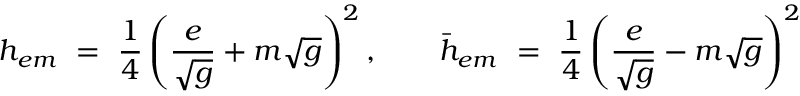
h _ { e m } ~ = ~ { \frac { 1 } { 4 } } \left( { \frac { e } { \sqrt { g } } } + m \sqrt { g } \right) ^ { 2 } , \qquad \bar { h } _ { e m } ~ = ~ { \frac { 1 } { 4 } } \left( { \frac { e } { \sqrt { g } } } - m \sqrt { g } \right) ^ { 2 }